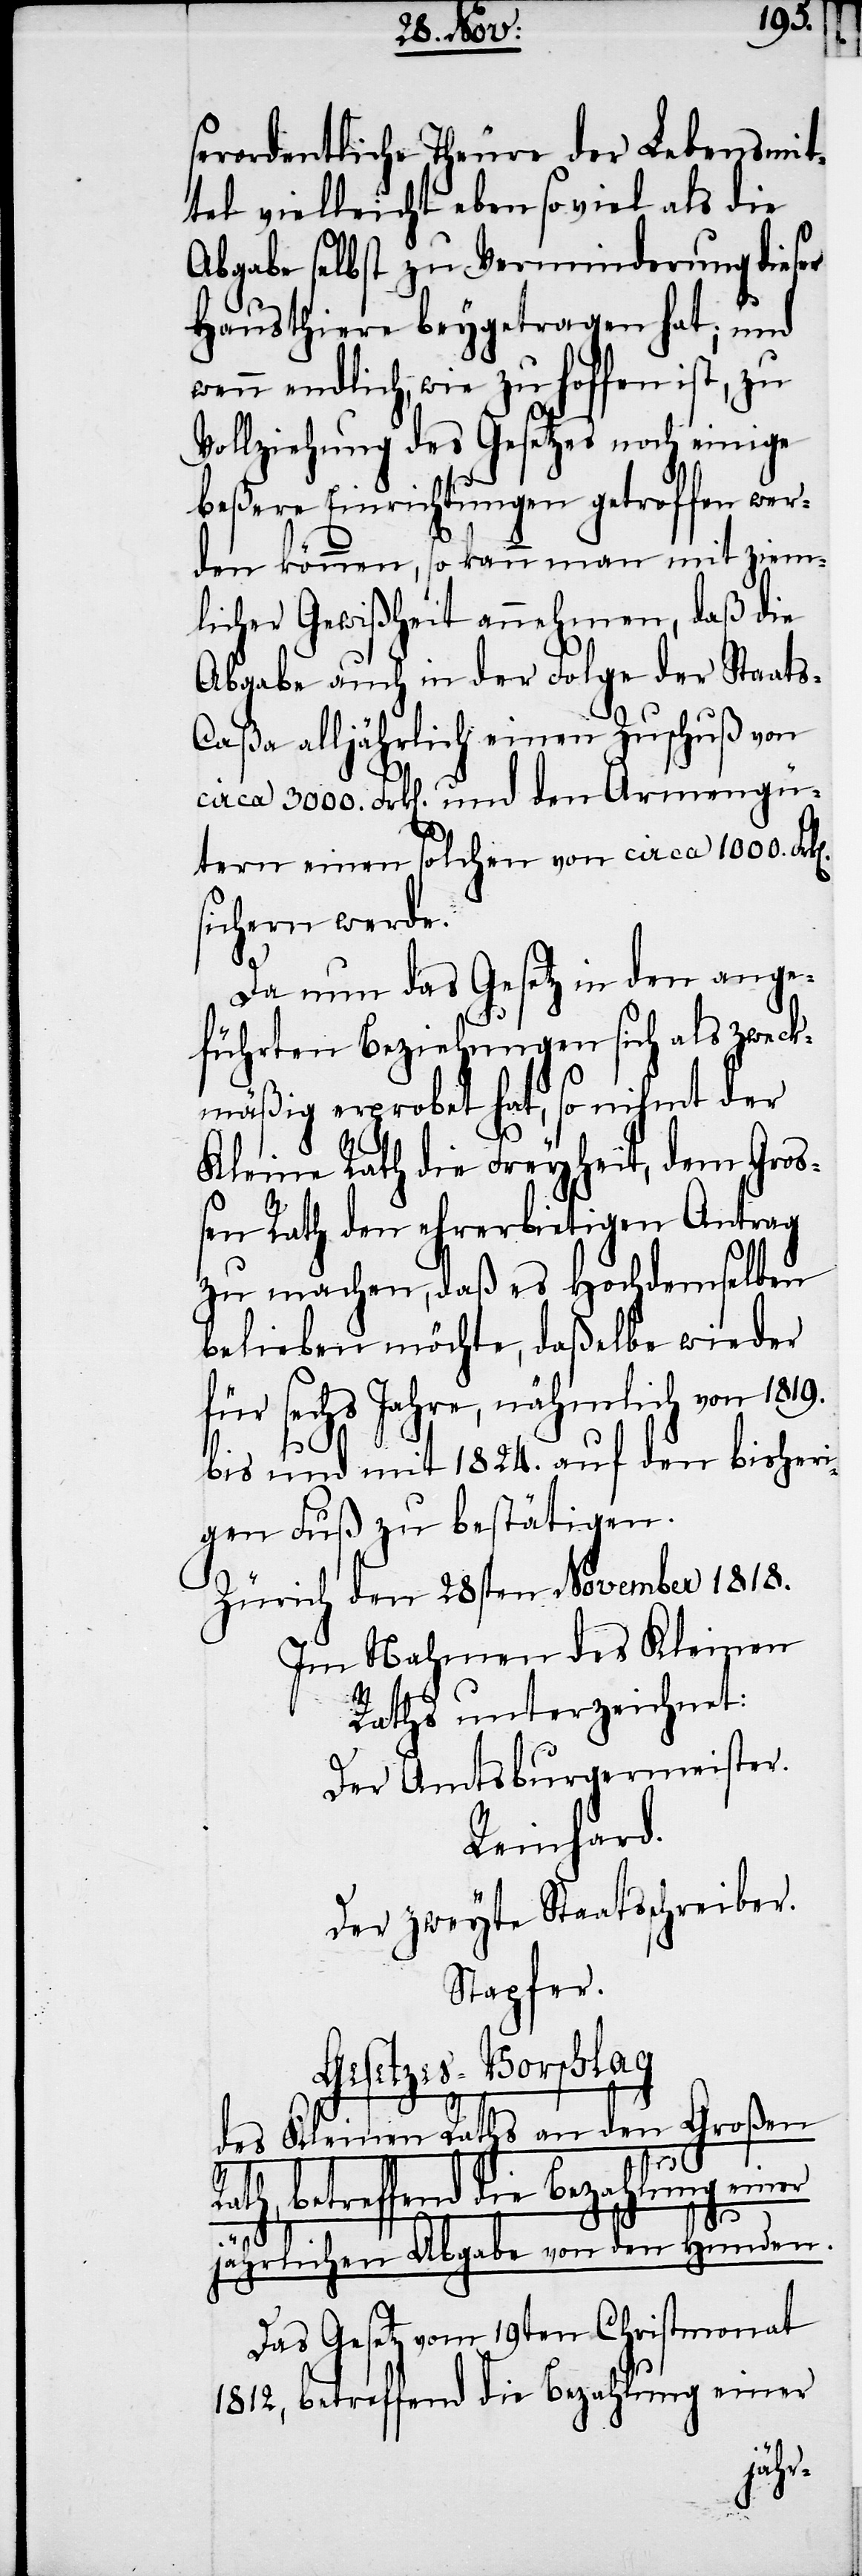
serordentliche Theure der Lebensmit¬
tel vielleicht eben so viel als die
Abgabe selbst zu Verminderung dieser
Hausthiere beygetragen hat; und
wenn endlich, wie zu hoffen ist, zu
Vollziehung des Gesetzes noch einige
beßere Einrichtungen getroffen wer¬
den können, so kann man mit ziem¬
licher Gewißheit annehmen, daß die
Abgabe auch in der Folge der Staat¬
s-Caßa alljährlich einen Zuschuß von
circa 3000. Frk[en]. und den Armengü¬
n].
tern einen solchen von circa 1000. Frk[e¬
sichern werde.
Da nun das Gesetz in den ange¬
führten Beziehungen sich als zweck¬
mäßig erprobet hat, so nihmt der
Kleine Rath die Freyheit, dem Groß¬
en Rath den ehrerbietigen Antrag
zu machen, daß es Hochdemselben
belieben möchte, daßelbe wieder
für sechs Jahre, nähmlich von 1819.
bis und mit 1824. auf den bisheri¬
gen Fuß zu bestätigen.
Zürich den 28sten November 1818.
Im Nahmen des Kleinen
Rathes unterzeichnet:
Der Amtsburgermeister.
Reinhard.
Der zweyte Staatsschreiber.
Stapfer.
Gesetzes-Vorschlag
des Kleinen Rathes an den Großen
Rath, betreffend die Bezahlung einer
jährlichen Abgabe von den Hunden.
Das Gesetz vom 19ten Christmonat
1812, betreffend die Bezahlung einer